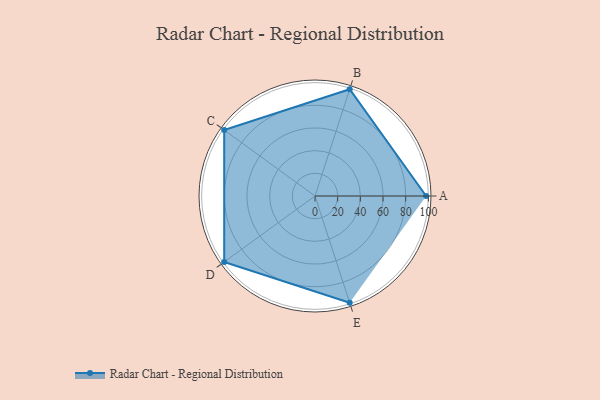
{"axis": {"x": "Skill", "y": "Score"}, "legend": ["Profile"], "data": [{"x": "A", "y": 98.0, "type": "Profile"}, {"x": "B", "y": 99, "type": "Profile"}, {"x": "C", "y": 99, "type": "Profile"}, {"x": "D", "y": 99, "type": "Profile"}, {"x": "E", "y": 99, "type": "Profile"}]}